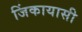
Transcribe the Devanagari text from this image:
जिंकायासी